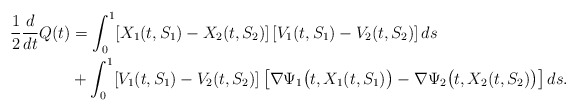
\begin{align*}\frac{1}{2}\frac{d}{dt} Q(t)&=\int_0^1 [X_1(t,S_1)-X_2(t,S_2)]\,[V_1(t,S_1)-V_2(t,S_2)]\,ds\\&+\int_0^1 [V_1(t,S_1)-V_2(t,S_2)]\,\bigl[\nabla\Psi_1\bigl(t,X_1(t, S_1)\bigr)-\nabla\Psi_2\bigl(t,X_2(t, S_2)\bigr)\bigr]\,ds.\end{align*}